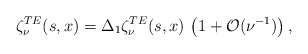
\begin{align*} \zeta_{\nu}^{TE}(s,x) = \Delta_1 \zeta_{\nu}^{TE}(s,x) \, \left(1+ {\cal O}(\nu^{-1}) \right),\end{align*}